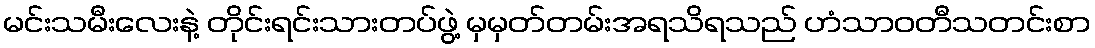
မင်းသမီးလေးနဲ့ တိုင်းရင်းသားတပ်ဖွဲ့ မှမှတ်တမ်းအရသိရသည် ဟံသာဝတီသတင်းစာ